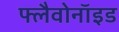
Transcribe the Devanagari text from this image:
फ्लैवोनाॅइड